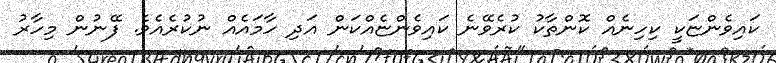
ކައިވެންޏަކީ ކިހިނެއް ކޮންތާކު ކުރެވޭނެ ކައިވެންޏެއްކަން އަދި ހާމައެއް ނުކުރެއެވެ. ފޭނުން މިހާރު